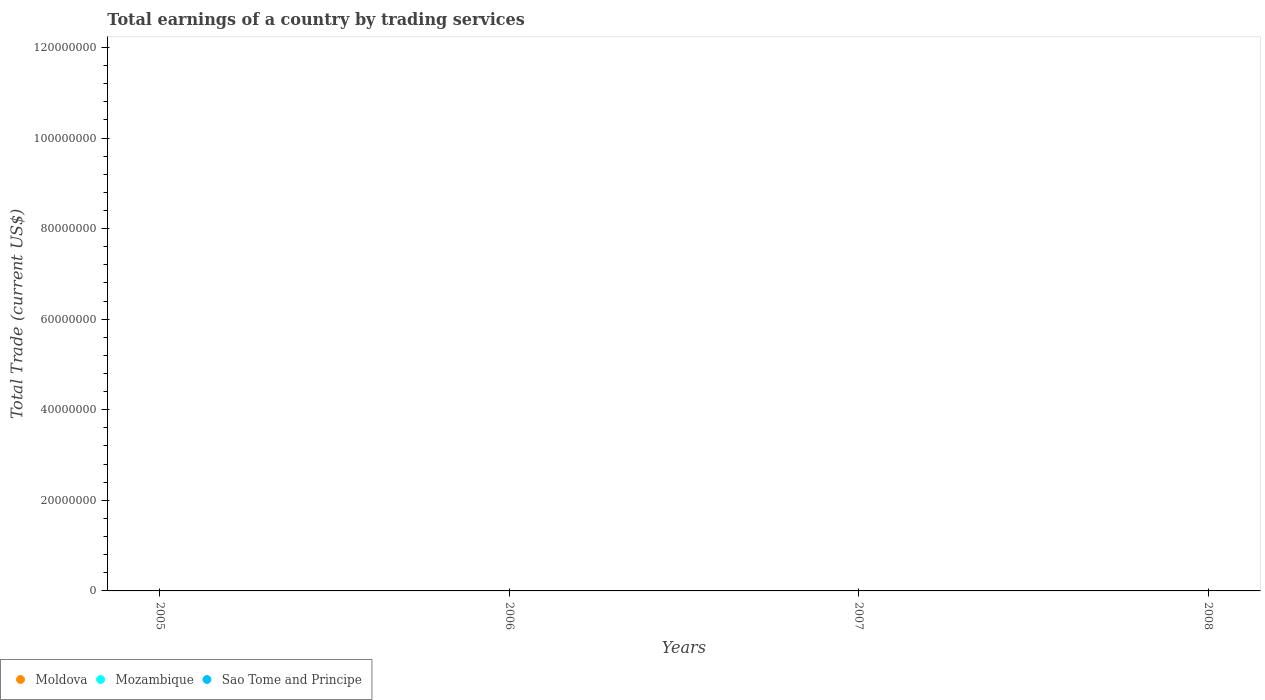
| Years | Moldova | Mozambique | Sao Tome and Principe |
 | --- | --- | --- | --- |
 | 2005 | -1.21e+09 | -8.04e+08 | -3.67e+07 |
 | 2006 | -1.6e+09 | -6.32e+08 | -6.09e+07 |
 | 2007 | -2.32e+09 | -7.97e+08 | -7e+07 |
 | 2008 | -3.22e+09 | -1.41e+09 | -9.61e+07 |